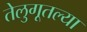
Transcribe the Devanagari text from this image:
तेलुगूतल्या